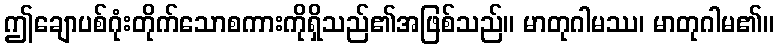
ဤချောပစ်ဂုံးတိုက်သောစကားကိုရှိသည်၏အဖြစ်သည်။ မာတုဂါမဿ၊ မာတုဂါမ၏။